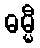
ဓမ္မီ